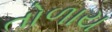
તોળાય